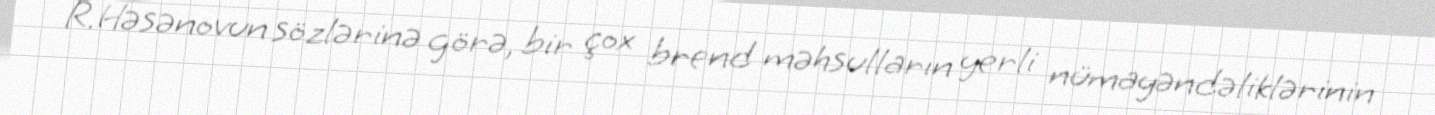
R.Həsənovun sözlərinə görə, bir çox brend məhsulların yerli nümayəndəliklərinin